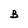
Character: B